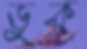
ডুক